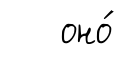
оно́